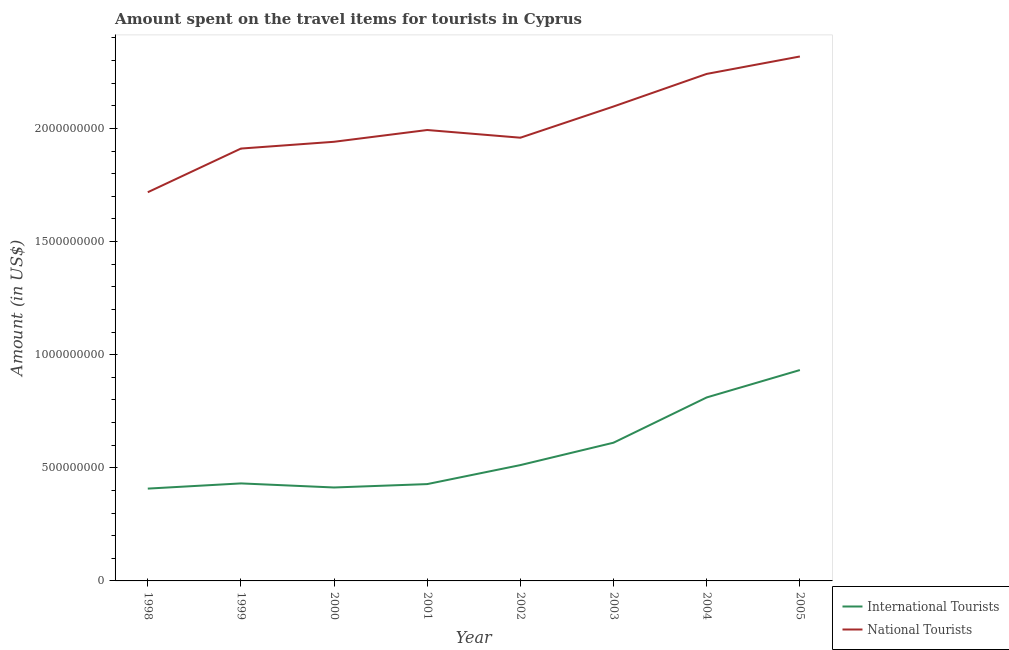
| Year | International Tourists | National Tourists |
 | --- | --- | --- |
 | 1998 | 4.08e+08 | 1.72e+09 |
 | 1999 | 4.31e+08 | 1.91e+09 |
 | 2000 | 4.13e+08 | 1.94e+09 |
 | 2001 | 4.28e+08 | 1.99e+09 |
 | 2002 | 5.12e+08 | 1.96e+09 |
 | 2003 | 6.11e+08 | 2.1e+09 |
 | 2004 | 8.11e+08 | 2.24e+09 |
 | 2005 | 9.32e+08 | 2.32e+09 |